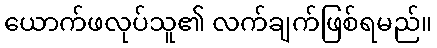
ယောက်ဖလုပ်သူ၏ လက်ချက်ဖြစ်ရမည်။